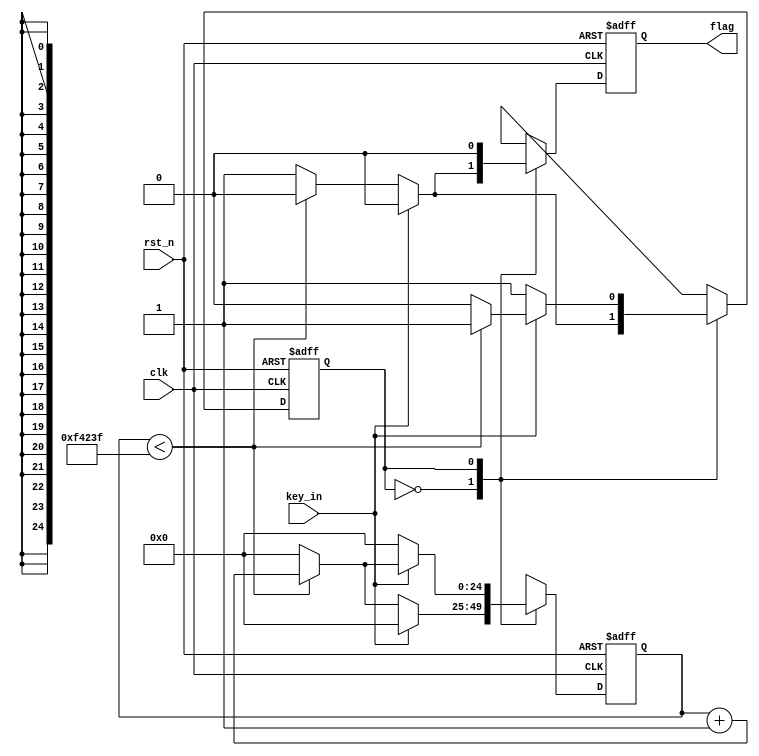
module filter(clk, rst_n, key_in, flag);

	input clk;				//50MHZ
	input rst_n;			//
	input key_in;			//
	
	output reg flag;		//
	
	reg state;				//
	reg [24:0] count;		//20ms
	// reg flag;				//
	
	// parameter cnt_num = 50_000_000 / 50 - 1;   // 20ms  50hz 10ms
	// parameter cnt_num = 50_000_000 / 25 - 1;   //10ms
	parameter cnt_num = 50_000_000 / 50- 1;   //10ms

//	parameter cnt_num = 5;
	
	always @ (posedge clk or negedge rst_n)
	begin
		if(!rst_n)
			begin
				state <= 0;
				count <= 25'd0;
				flag <= 0;
			end	
		else	
			begin
				case(state)		//01
					0	:	begin
								if(!key_in)
									begin
										if(count < cnt_num)
											begin
												count <= count + 1;
												flag <= 0;
												state <= 0;
											end
										else
											begin
												count <= 0;
												flag <= 1;
												state <= 1;
											end
									end
								else
									begin
										state <= 0;
										count <= 25'd0;
										flag <= 0;
									end
							end
							
					1	:	begin
								flag <= 0;
								if(key_in)
									begin
										if(count < cnt_num)
											begin
												count <= count + 1;
												state <= 1;
												flag <= 0;
											end	
										else
											begin
												count <= 0;
												flag <= 0;
												state <= 0;
											end
									end
								else
									begin
										count <= 0;
										flag <= 0;
										state <= 1;
									end
							end
						default	:	state <= 0;
				endcase
			end
	end
	
	// //
	// always @ (*)
	// begin
	// 	if(!rst_n)
	// 		sum = 4'd0;
	// 	else
	// 		if(flag)
	// 			sum = sum + 1;
	// 		else
	// 			sum = sum;
	// end

endmodule

// 	input clk,rst_n;
// 	input key_in;
// 	output reg [3:0] sum;
	
// 	reg flag;
	
// 	reg [31:0] count;
	
// 	reg state;
	
// 	// `define T 50_000_000/50
// 	`define T 5
	
// 	always @ (posedge clk or negedge rst_n)
// 	begin
// 		if(!rst_n)
// 			begin
// 				flag <= 0;
// 				count <= 0;
// 				state <= 0;
// 			end
// 		else
// 			case(state)
// 				0	:	begin
// 							if(!key_in)
// 								begin
// 									if(count < `T - 1)
// 										begin
// 											count <= count + 1;
// 											flag <= 0;
// 											state <= 0;
// 										end
// 									else
// 										begin
// 											count <= 0;
// 											flag <= 1;
// 											state <= 1;
// 										end
// 								end
// //							else
// //								begin
// //									count <= 0;
// //									state <= 0;
// //									flag <= 0;
// //								end
// 						end
						
// 				1	:	begin
// 							flag <= 0;
// 							if(key_in)
// 								begin
// 									if(count < `T - 1)
// 										begin
// 											count <= count + 1;
// 											state <= 1;
// 										end
// 									else
// 										begin
// 											count <= 0;
// 											state <= 0;
// 										end
// 								end
// 							else
// 								begin
// 									count <= 0;
// //									state <= 1;
// 								end
// 						end	
// 			endcase
// 	end
	
// 	always @ (posedge clk or negedge rst_n)
// 	begin
// 		if(!rst_n)
// 			sum <= 3'd0;
// 		else
// 			begin
// 				if(flag)
// 					sum <= sum + 1'b1;
// 				else
// 					sum <= sum;
// 			end
// 	end



// endmodule